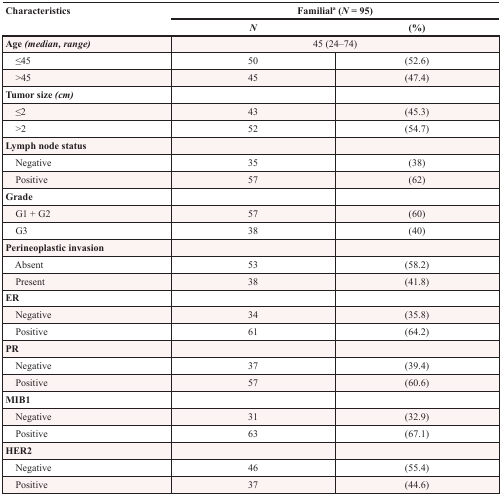
| <ROWSPAN=2> Characteristics | <COLSPAN=2> Familiala (N = 95) |
 | N | (%) |
 | --- | --- | --- |
 | Age (median, range) | <COLSPAN=2> 45 (24–74) |
 | ≤45 | 50 | (52.6) |
 | >45 | 45 | (47.4) |
 | Tumor size (cm) |  |  |
 | ≤2 | 43 | (45.3) |
 | >2 | 52 | (54.7) |
 | Lymph node status |  |  |
 | Negative | 35 | (38) |
 | Positive | 57 | (62) |
 | Grade |  |  |
 | G1 + G2 | 57 | (60) |
 | G3 | 38 | (40) |
 | Perineoplastic invasion |  |  |
 | Absent | 53 | (58.2) |
 | Present | 38 | (41.8) |
 | ER |  |  |
 | Negative | 34 | (35.8) |
 | Positive | 61 | (64.2) |
 | PR |  |  |
 | Negative | 37 | (39.4) |
 | Positive | 57 | (60.6) |
 | MIB1 |  |  |
 | Negative | 31 | (32.9) |
 | Positive | 63 | (67.1) |
 | HER2 |  |  |
 | Negative | 46 | (55.4) |
 | Positive | 37 | (44.6) |